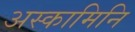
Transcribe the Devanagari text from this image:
अस्कामिनि